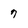
Character: 7